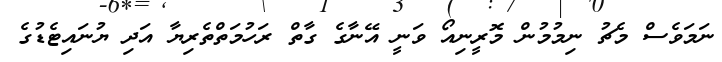
ނަމަވެސް މެޗު ނިމުމުން މޮރީނިއޯ ވަނީ އޭނާގެ ގާތް ރަހުމަތްތެރިޔާ އަދި ޔުނައިޓެޑުގެ